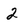
Character: 2